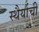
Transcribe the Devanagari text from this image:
स्थैर्याची